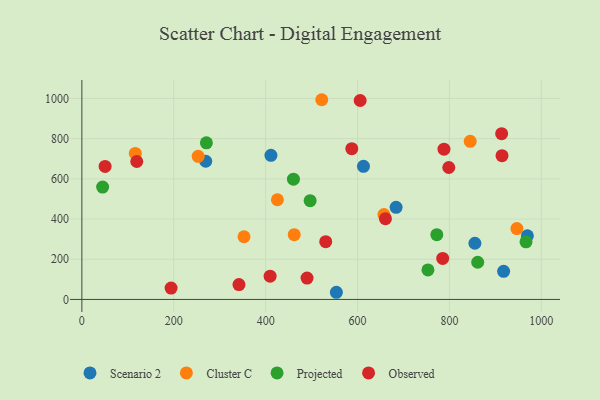
{"axis": {"x": "Ad Spend", "y": "Demand"}, "legend": ["Cluster C", "Observed", "Projected", "Scenario 2"], "data": [{"x": "612.9", "y": 662.3, "type": "Scenario 2"}, {"x": "411.5", "y": 716.8, "type": "Scenario 2"}, {"x": "683.9", "y": 458.4, "type": "Scenario 2"}, {"x": "917.9", "y": 139.9, "type": "Scenario 2"}, {"x": "269.6", "y": 687.6, "type": "Scenario 2"}, {"x": "969.6", "y": 316.6, "type": "Scenario 2"}, {"x": "553.9", "y": 35.6, "type": "Scenario 2"}, {"x": "855.4", "y": 279.5, "type": "Scenario 2"}, {"x": "116.3", "y": 726.5, "type": "Cluster C"}, {"x": "253.1", "y": 712.2, "type": "Cluster C"}, {"x": "845.2", "y": 786.7, "type": "Cluster C"}, {"x": "462.2", "y": 322.4, "type": "Cluster C"}, {"x": "522.1", "y": 993.7, "type": "Cluster C"}, {"x": "425.6", "y": 496.0, "type": "Cluster C"}, {"x": "657.4", "y": 422.0, "type": "Cluster C"}, {"x": "352.9", "y": 312.0, "type": "Cluster C"}, {"x": "946.8", "y": 352.4, "type": "Cluster C"}, {"x": "496.8", "y": 491.4, "type": "Projected"}, {"x": "966.6", "y": 286.7, "type": "Projected"}, {"x": "271.0", "y": 779.2, "type": "Projected"}, {"x": "45.2", "y": 559.3, "type": "Projected"}, {"x": "861.5", "y": 185.0, "type": "Projected"}, {"x": "460.5", "y": 598.4, "type": "Projected"}, {"x": "753.2", "y": 147.0, "type": "Projected"}, {"x": "772.5", "y": 322.2, "type": "Projected"}, {"x": "50.6", "y": 661.6, "type": "Observed"}, {"x": "490.1", "y": 106.5, "type": "Observed"}, {"x": "914.4", "y": 715.5, "type": "Observed"}, {"x": "119.5", "y": 686.4, "type": "Observed"}, {"x": "194.2", "y": 56.7, "type": "Observed"}, {"x": "785.3", "y": 204.1, "type": "Observed"}, {"x": "798.6", "y": 656.4, "type": "Observed"}, {"x": "605.7", "y": 989.9, "type": "Observed"}, {"x": "409.7", "y": 115.8, "type": "Observed"}, {"x": "341.9", "y": 74.1, "type": "Observed"}, {"x": "660.7", "y": 401.7, "type": "Observed"}, {"x": "530.7", "y": 287.6, "type": "Observed"}, {"x": "788.1", "y": 747.5, "type": "Observed"}, {"x": "913.6", "y": 824.6, "type": "Observed"}, {"x": "587.5", "y": 750.0, "type": "Observed"}]}